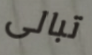
تبالى